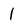
Character: 1